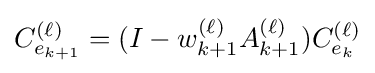
C_{e_{k+1}}^{(\ell )}=(I-w_{k+1}^{(\ell )}A_{k+1}^{(\ell )})C_{e_{k}}^{(\ell )}